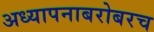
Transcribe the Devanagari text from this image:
अध्‍यापनाबरोबरच